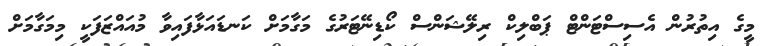
މީގެ އިތުރުން އެސިސްޓަންޓް ޕަބްލިކް ރިލޭޝަންސް ކޯޑިނޭޓަރުގެ މަގާމަށް ކަނޑައަޅާފައިވާ މުއައްޒަފަކީ މިމަގާމަށް